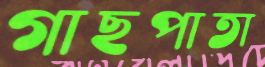
গাছপাতা